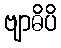
ဗျာဓိပိ